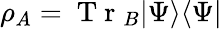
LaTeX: \rho_{A}=\mathrm{~T~r~}_{B}|\Psi\rangle\langle\Psi|